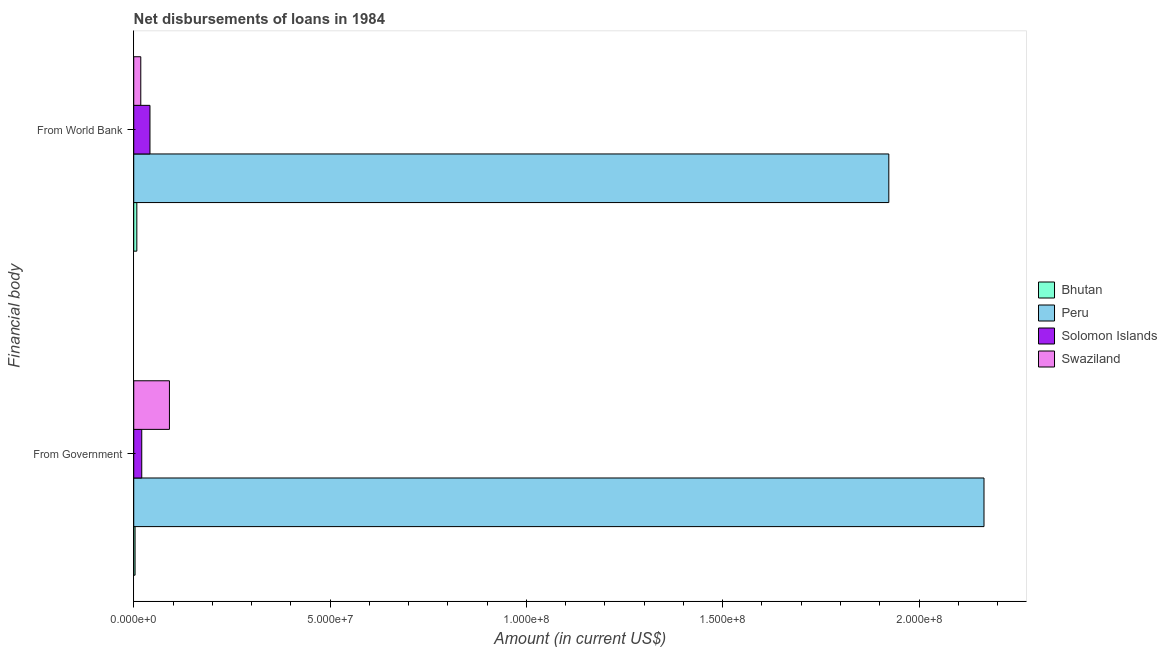
| Financial body | Bhutan | Peru | Solomon Islands | Swaziland |
 | --- | --- | --- | --- | --- |
 | From Government | 3.37e+05 | 2.17e+08 | 2.04e+06 | 9.09e+06 |
 | From World Bank | 7.87e+05 | 1.92e+08 | 4.14e+06 | 1.79e+06 |